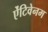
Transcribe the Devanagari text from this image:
ऐंटिवेनम